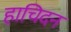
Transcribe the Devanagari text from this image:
हाचिदन